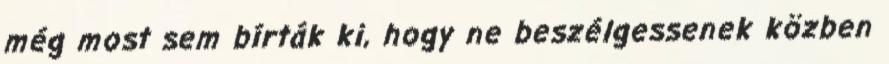
még most sem bírták ki, hogy ne beszélgessenek közben